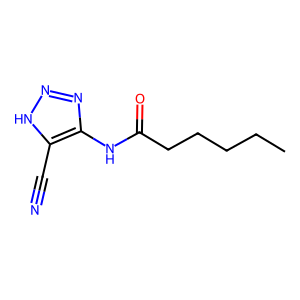
SMILES: CCCCCC(=O)Nc1nn[nH]c1C#N
Inhibits HIV replication: No